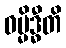
ဓမ္မိဒ္ဓီတိ